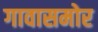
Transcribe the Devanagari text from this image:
गावासमोर